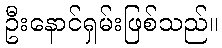
ဦးနောင်ရှမ်းဖြစ်သည်။